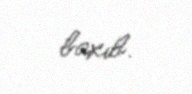
baxıb.